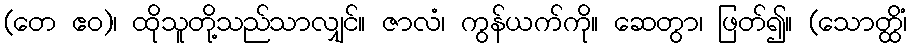
(တေ ဧဝ)၊ ထိုသူတို့သည်သာလျှင်။ ဇာလံ၊ ကွန်ယက်ကို။ ဆေတွာ၊ ဖြတ်၍။ (သောတ္ထိံ၊